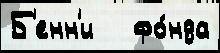
Б'енн'и   фо́нда